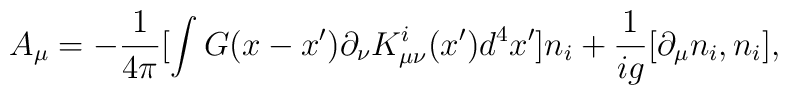
A_\mu =-\frac 1{4\pi }[\int G(x-x^{\prime })\partial _\nu K_{\mu \nu}^i(x^{\prime })d^4x^{\prime }]n_i+\frac 1{ig}[\partial _\mu n_i,n_i],